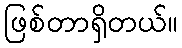
ဖြစ်တာရှိတယ်။